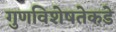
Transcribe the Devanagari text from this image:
गुणविशेषतेकडे